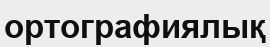
ортографиялық